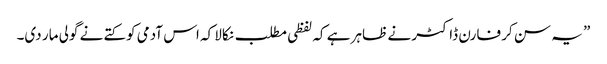
” یہ سن کر فارن ڈاکٹر نے ظاہر ہے کہ لفظی مطلب نکالا کہ اس آدمی کو کتے نے گولی مار دی۔